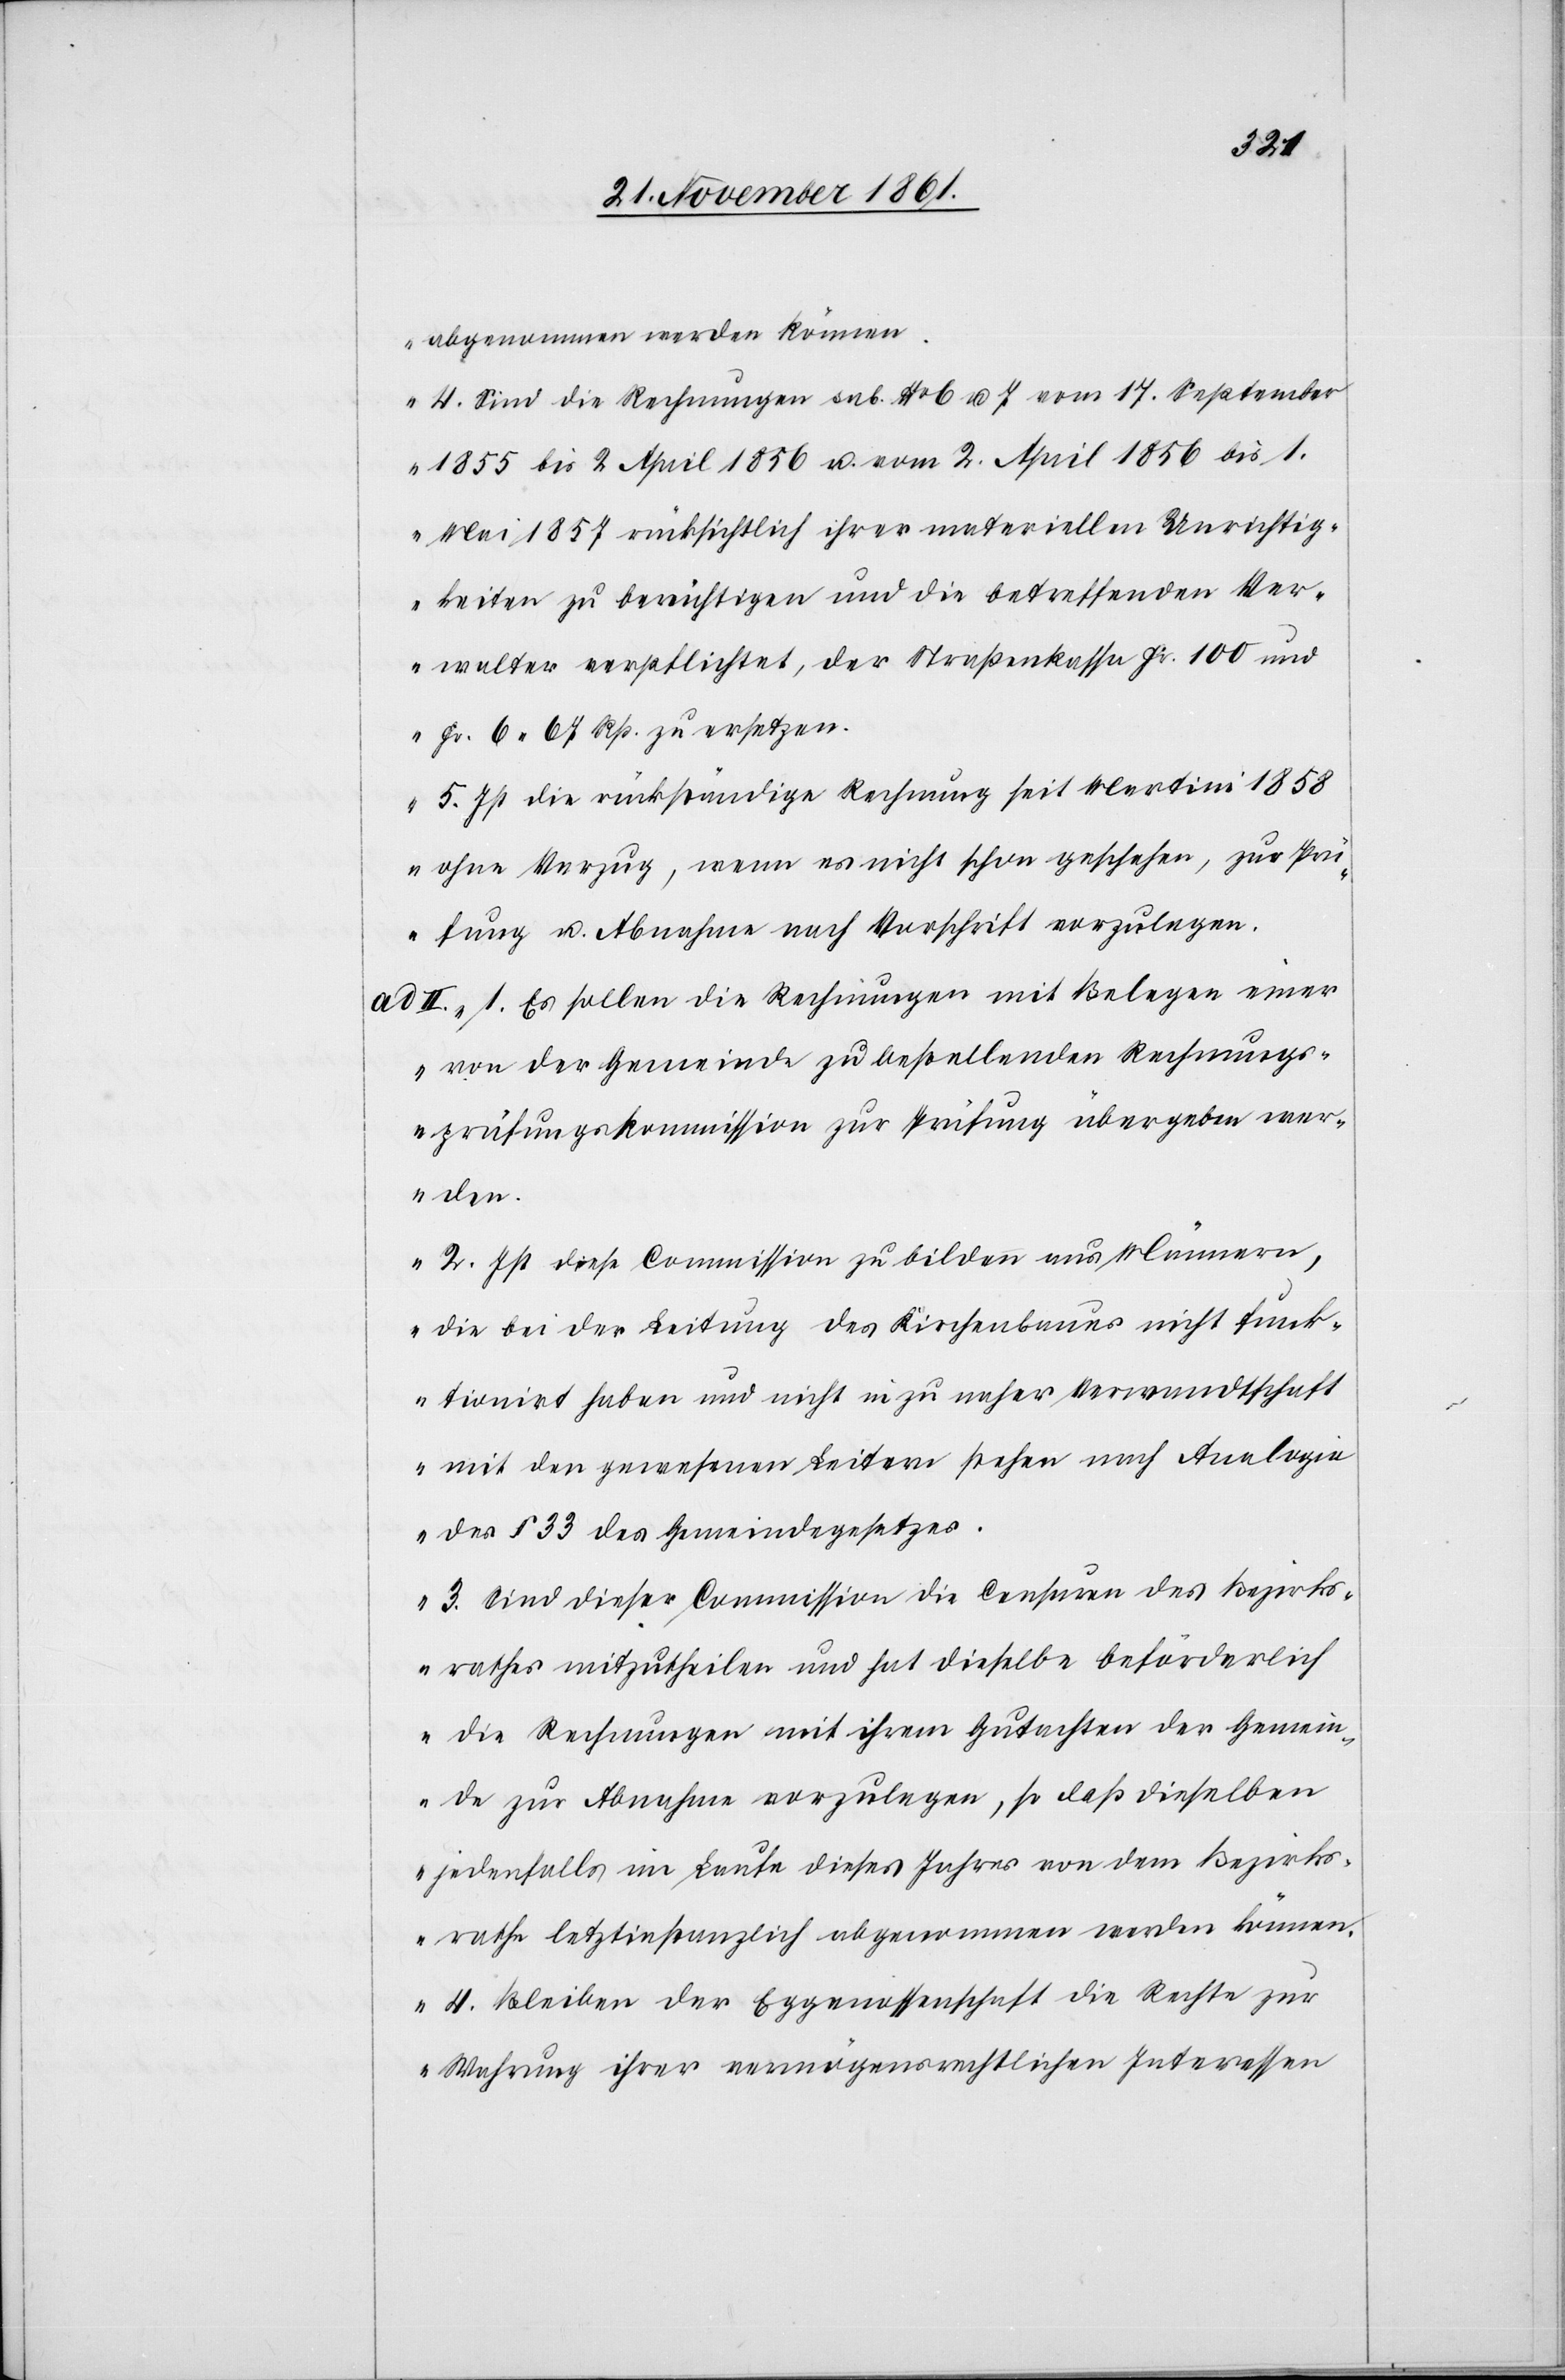
abgenommen werden können.
4. Sind die Rechnungen sub. N° 6 u. 7 vom 17 September
1855 bis 2 April 1856 u. vom 2 April 1856 bis 1
Mai 1857 rücksichtlich ihrer materiellen Unrichtig¬
keiten zu berücksichtigen und die betreffenden Ver¬
walter verpflichtet, der Straßenkassa Fr. 100 und
Fr. 6.67 Rp. zu ersetzen.
5. Ist die rückständige Rechnung seit Martini 1858
ohne Verzug, wenn es nicht schon geschehen, zur Prü¬
fung u. Abnahme nach Vorschrift vorzulegen.
II. 1. Es sollen die Rechnungen mit Belegen einer
von der Gemeinde zu bestellenden Rechnungs¬
prüfungskommission zur Prüfung übergeben wer¬
den.
2. Ist diese Commission zu bilden aus Männern,
die bei der Leitung des Kirchenbaues nicht funk¬
tionirt haben und nicht in zu naher Verwandtschaft
mit den gewesenen Leitern stehen nach Analogie
des § 33 des Gemeindegesetzes.
3. Sind dieser Commission die Censuren des Bezirks¬
rathes mitzutheilen und tut dieselbe beförderlich
die Rechnungen mit ihrem Gutachten der Gemein¬
de zur Abnahme vorzulegen, so daß dieselben
jedenfalls im Laufe dieses Jahres von dem Bezirks¬
rathe letztinstanzlich abgenommen werden können.
4. Bleiben der Eggenossenschaft die Rechte zur
Wahrung ihrer vermögensrechtlichen Interessen